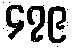
၄၇၉